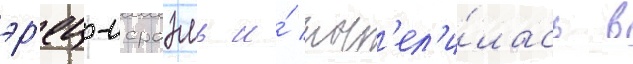
эр'ец-исраэль и́ пос'ел'и́лась в